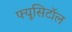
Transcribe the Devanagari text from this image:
फ्यूसिटॉल